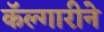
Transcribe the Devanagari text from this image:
कॅल्गारीने